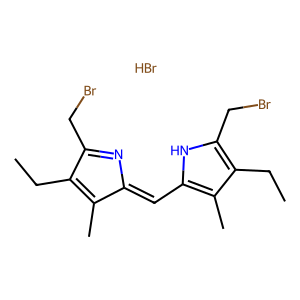
SMILES: Br.CCC1=C(C)C(=Cc2[nH]c(CBr)c(CC)c2C)N=C1CBr
Inhibits HIV replication: No